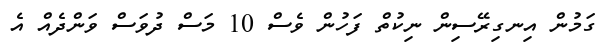
ގަމުން އިނގިރޭސިން ނިކުތް ފަހުން ވެސް 10 މަސް ދުވަސް ވަންދެއް އެ